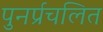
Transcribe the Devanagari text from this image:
पुनर्प्रचलित